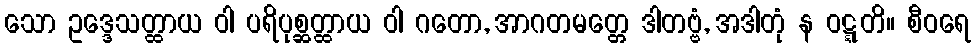
သော ဥဒ္ဒေသတ္ထာယ ဝါ ပရိပုစ္ဆတ္ထာယ ဝါ ဂတော, အာဂတမတ္တေ ဒါတဗ္ဗံ, အဒါတုံ န ဝဋ္ဋတိ။ စီဝရေ